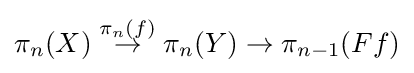
\pi _{n}(X)\mathrel {\overset {\pi _{n}(f)}{\to }} \pi _{n}(Y)\to \pi _{n-1}(Ff)